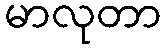
မာလုတာ